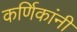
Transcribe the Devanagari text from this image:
कर्णिकांनी